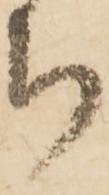
ち